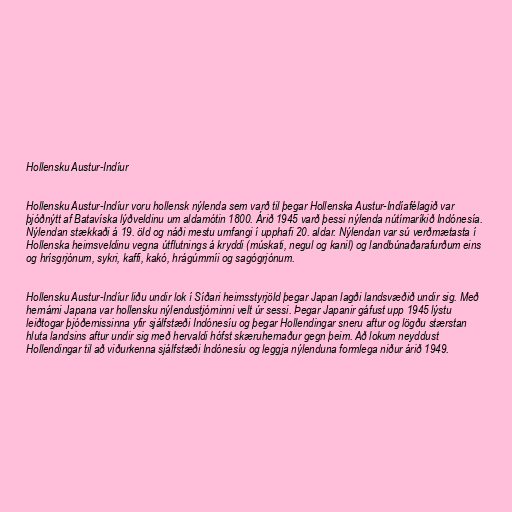
Hollensku Austur-Indíur

Hollensku Austur-Indíur voru hollensk nýlenda sem varð til þegar Hollenska Austur-Indíafélagið var
þjóðnýtt af Batavíska lýðveldinu um aldamótin 1800. Árið 1945 varð þessi nýlenda nútímaríkið Indónesía.
Nýlendan stækkaði á 19. öld og náði mestu umfangi í upphafi 20. aldar. Nýlendan var sú verðmætasta í
Hollenska heimsveldinu vegna útflutnings á kryddi (múskati, negul og kanil) og landbúnaðarafurðum eins
og hrísgrjónum, sykri, kaffi, kakó, hrágúmmíi og sagógrjónum.

Hollensku Austur-Indíur liðu undir lok í Síðari heimsstyrjöld þegar Japan lagði landsvæðið undir sig. Með
hernámi Japana var hollensku nýlendustjórninni velt úr sessi. Þegar Japanir gáfust upp 1945 lýstu
leiðtogar þjóðernissinna yfir sjálfstæði Indónesíu og þegar Hollendingar sneru aftur og lögðu stærstan
hluta landsins aftur undir sig með hervaldi hófst skæruhernaður gegn þeim. Að lokum neyddust
Hollendingar til að viðurkenna sjálfstæði Indónesíu og leggja nýlenduna formlega niður árið 1949.